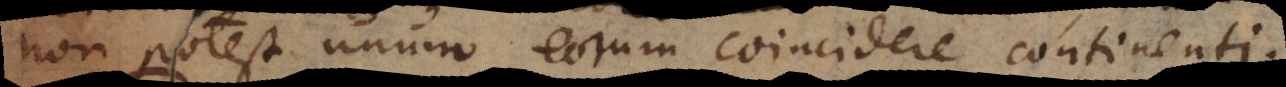
non potest unum eorum coincidere continenti.